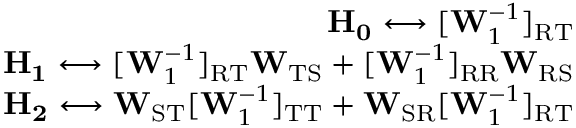
\begin{array} { r } { \mathbf { H _ { 0 } } \longleftrightarrow [ \mathbf { W } _ { 1 } ^ { - 1 } ] _ { \mathrm { R T } } } \\ { \mathbf { H _ { 1 } } \longleftrightarrow [ \mathbf { W } _ { 1 } ^ { - 1 } ] _ { \mathrm { R T } } \mathbf { W } _ { \mathrm { T S } } + [ \mathbf { W } _ { 1 } ^ { - 1 } ] _ { \mathrm { R R } } \mathbf { W } _ { \mathrm { R S } } } \\ { \mathbf { H _ { 2 } } \longleftrightarrow \mathbf { W } _ { \mathrm { S T } } [ \mathbf { W } _ { 1 } ^ { - 1 } ] _ { \mathrm { T T } } + \mathbf { W } _ { \mathrm { S R } } [ \mathbf { W } _ { 1 } ^ { - 1 } ] _ { \mathrm { R T } } } \end{array}